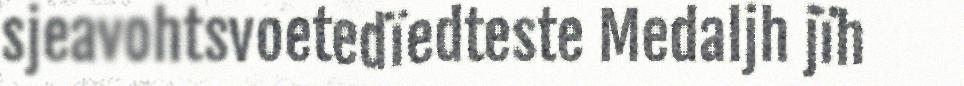
sjeavohtsvoetedïedteste Medaljh jïh